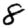
Digit: 8